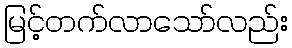
မြင့်တက်လာသော်လည်း